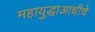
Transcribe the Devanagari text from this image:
महायुद्धाआधीचे